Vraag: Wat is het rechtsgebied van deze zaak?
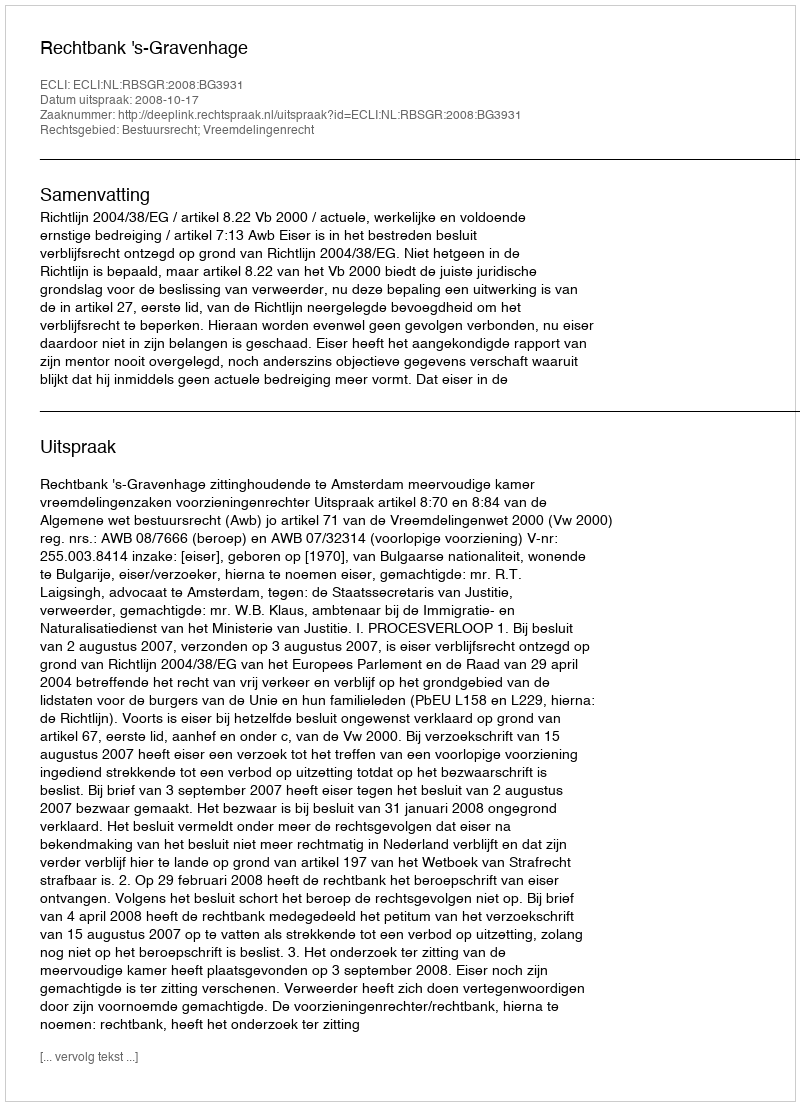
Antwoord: Bestuursrecht; Vreemdelingenrecht